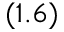
( 1 . 6 )